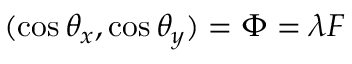
( \cos \theta _ { x } , \cos \theta _ { y } ) = \boldsymbol \Phi = \lambda \boldsymbol F